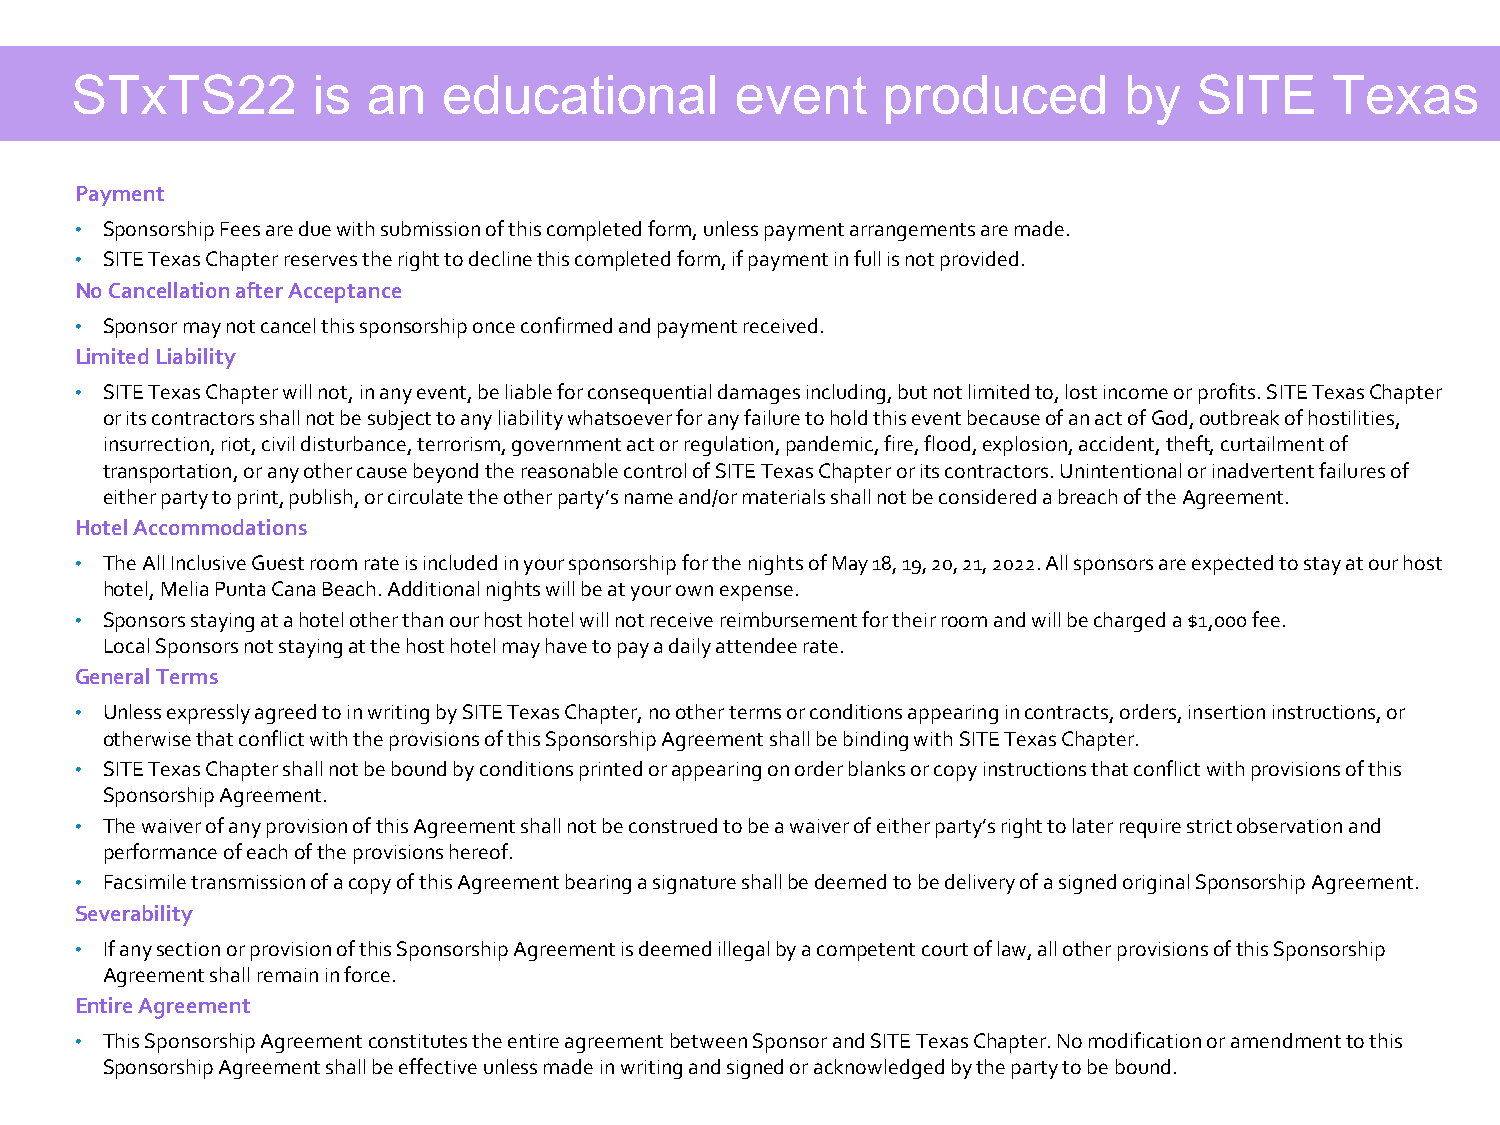
STxTS22         is an   educational         event    produced        by   SITE     Texas
 Payment
 • Sponsorship Fees are due with submission of this completed form, unless payment arrangements are made.
 • SITE Texas Chapter reserves the right to decline this completed form, if payment in full is not provided.
 No Cancellation after Acceptance
 • Sponsor may not cancel this sponsorship once confirmed and payment received.
 Limited Liability
 • SITE Texas Chapter will not, in any event, be liable for consequential damages including, but not limited to, lost income or profits. SITE Texas Chapter
 or its contractors shall not be subject to any liability whatsoever for any failure to hold this event because of an act of God,outbreak of hostilities,
 insurrection, riot, civil disturbance, terrorism, government act or regulation, pandemic, fire, flood, explosion, accident, theft, curtailment of
 transportation, or any other cause beyond the reasonable control of SITE Texas Chapter or its contractors. Unintentional or inadvertent failures of
 either party to print, publish, or circulate the other party’s name and/or materials shall not be considered a breach of the Agreement.
 Hotel Accommodations
 • The All Inclusive Guest room rate is included in your sponsorship for the nights of May 18, 19, 20, 21, 2022. All sponsors are expected to stay at our host
 hotel, Melia Punta Cana Beach. Additional nights will be at your own expense.
 • Sponsors staying at a hotel other than our host hotel will not receive reimbursement for their room and will be charged a $1,000fee.
 Local Sponsors not staying at the host hotel may have to pay a daily attendee rate.
 General Terms
 • Unless expressly agreed to in writing by SITE Texas Chapter, no other terms or conditions appearing in contracts, orders, insertion instructions, or
 otherwise that conflict with the provisions of this Sponsorship Agreement shall be binding with SITE Texas Chapter.
 • SITE Texas Chapter shall not be bound by conditions printed or appearing on order blanks or copy instructions that conflict withprovisions of this
 Sponsorship Agreement.
 • The waiver of any provision of this Agreement shall not be construed to be a waiver of either party’s right to later require strict observation and
 performance of each of the provisions hereof.
 • Facsimile transmission of a copy of this Agreement bearing a signature shall be deemed to be delivery of a signed original Sponsorship Agreement.
 Severability
 • If any section or provision of this Sponsorship Agreement is deemed illegal by a competent court of law, all other provisionsofthis Sponsorship
 Agreement shall remain in force.
 Entire Agreement
 • This Sponsorship Agreement constitutes the entire agreement between Sponsor and SITE Texas Chapter. No modification or amendmentto this
 Sponsorship Agreement shall be effective unless made in writing and signed or acknowledged by the party to be bound.